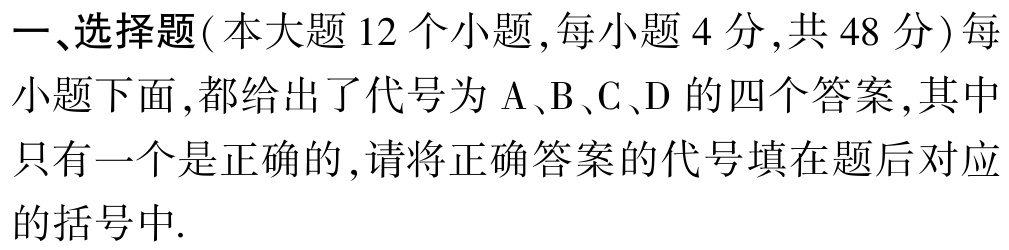
一、选择题(本大题 12 个小题,每小题 4 分,共 48 分) 每小题下面,都给出了代号为 A、B、C、D 的四个答案,其中只有一个是正确的,请将正确答案的代号填在题后对应的括号中.